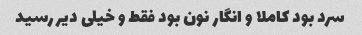
سرد بود کاملا و انگار نون بود فقط و خیلی دیر رسید